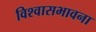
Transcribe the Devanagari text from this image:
विश्वासभावना